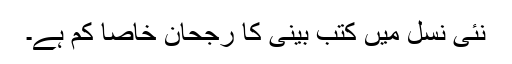
نئی نسل میں کتب بینی کا رجحان خاصا کم ہے۔